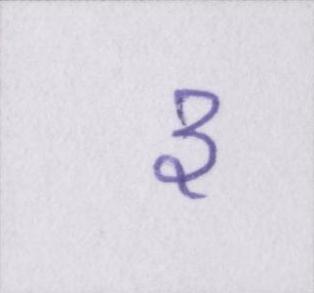
३